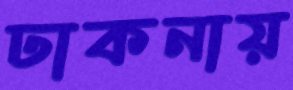
ঢাকনায়